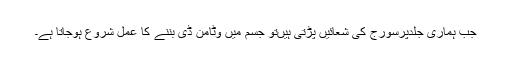
جب ہماری جلدپرسورج کی شعائیں پڑتی ہیںتو جسم میں وٹامن ڈی بننے کا عمل شروع ہوجاتا ہے۔